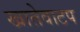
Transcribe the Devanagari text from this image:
खातेवाटप